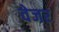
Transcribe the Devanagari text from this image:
वेजर